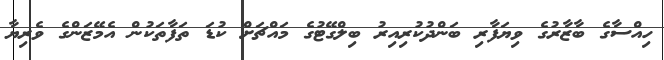
ހިއްސާގެ ބާޒާރުގެ ވިޔަފާރި ބަންދުކުރިއިރު ބިލްގޭޓުގެ މައްޗަށް ކުޑަ ތަފާތަކުން އެމޭޒަންގެ ވެރިޔާ